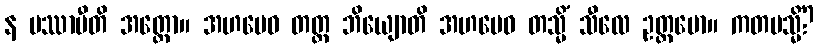
န ပဿာမီတိ အတ္ထော။ အဟမေဝ တတ္ထ ဘိယျောတိ အဟမေဝ တသ္မိံ သီလေ ဥတ္တမော။ ကတမသ္မိံ?